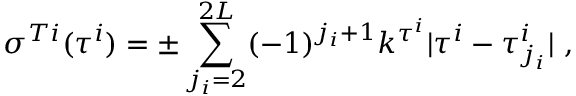
\sigma ^ { T i } ( \tau ^ { i } ) = \pm \sum _ { j _ { i } = 2 } ^ { 2 L } ( - 1 ) ^ { j _ { i } + 1 } k ^ { \tau ^ { i } } | \tau ^ { i } - \tau _ { j _ { i } } ^ { i } | ~ , ~ \,